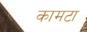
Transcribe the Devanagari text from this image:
कामटा